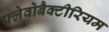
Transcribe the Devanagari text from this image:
फ्लेवोबैक्टीरियम